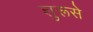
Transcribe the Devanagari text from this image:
शुरूसे